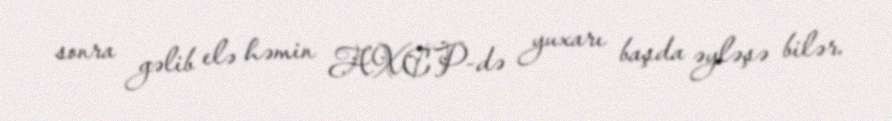
sonra gəlib elə həmin AXCP-də yuxarı başda əyləşə bilər.